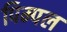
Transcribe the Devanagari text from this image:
पिम्पल